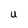
Character: U